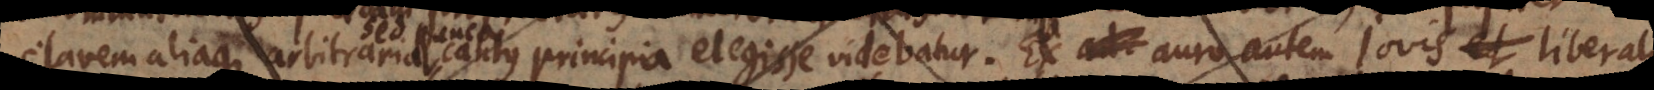
clavem aliaque arbitraria cantus principia elegisse videbatur. Ex auro autem Jovis et liberali,